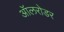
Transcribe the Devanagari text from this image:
ऑलरोडर